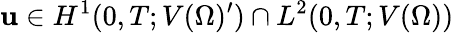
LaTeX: \mathbf{u}\in H^{1}(0,T;V(\Omega)^{\prime})\cap L^{2}(0,T;V(\Omega))